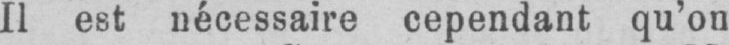
Il est nécessaire cependant qu’on